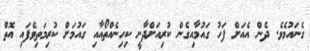
ގެނައުމެވެ. ދެން އެއަށް ފަހު ގައުމާއިގެން ކުރިއަށްދާނީ ކިހިނެއްތޯއާއި ގައުމަށް ކުރިމަތިވެފައި އޮތް